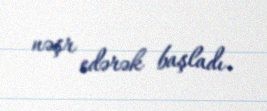
nəşr edərək başladı.